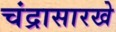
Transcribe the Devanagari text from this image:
चंद्रासारखे